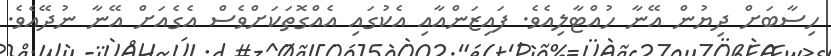
ހިސާބަށް ދިޔުން އޭނާ ހުއްޓާލިއެވެ. ފައިޒަންއާއި އެކުގައި އެއްގޮތަކަށްވެސް އެގެއަށް އޭނާ ނުދޭއެވެ.